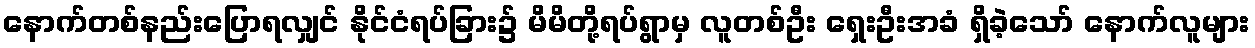
နောက်တစ်နည်းပြောရလျှင် နိုင်ငံရပ်ခြား၌ မိမိတို့ရပ်ရွာမှ လူတစ်ဦး ရှေးဦးအခံ ရှိခဲ့သော် နောက်လူများ